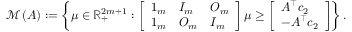
\begin{array} { r l } & { { \mathcal M } \left( A \right) : = \left\{ { \mu } \in { \mathbb R } _ { + } ^ { 2 m + 1 } : \left[ \begin{array} { l l l } { 1 _ { m } } & { I _ { m } } & { O _ { m } } \\ { 1 _ { m } } & { O _ { m } } & { I _ { m } } \end{array} \right] { \mu } \geq \left[ \begin{array} { l } { A ^ { \top } c _ { 2 } } \\ { - A ^ { \top } c _ { 2 } } \end{array} \right] \right\} . } \end{array}